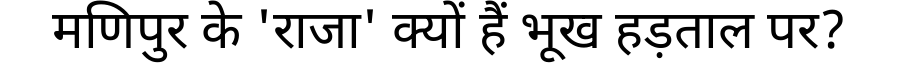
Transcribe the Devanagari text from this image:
मणिपुर के 'राजा' क्यों हैं भूख हड़ताल पर?